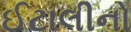
ઈટાલીનો